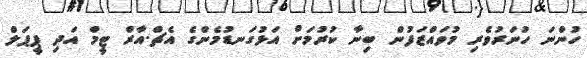
ހުންނަ ހުނަރުވެރި މުވައްޒަފުން ބިނާ ކުރުމަށް އަޅުގަނޑުމެންގެ އެޗް.އާރް ޓީމް އަދި ޕީޕަލް